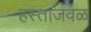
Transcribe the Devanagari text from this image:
हस्ताजवळ